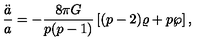
{ \frac { \ddot { a } } { a } } = - { \frac { 8 \pi G } { p ( p - 1 ) } } \left[ ( p - 2 ) \varrho + p \wp \right] ,